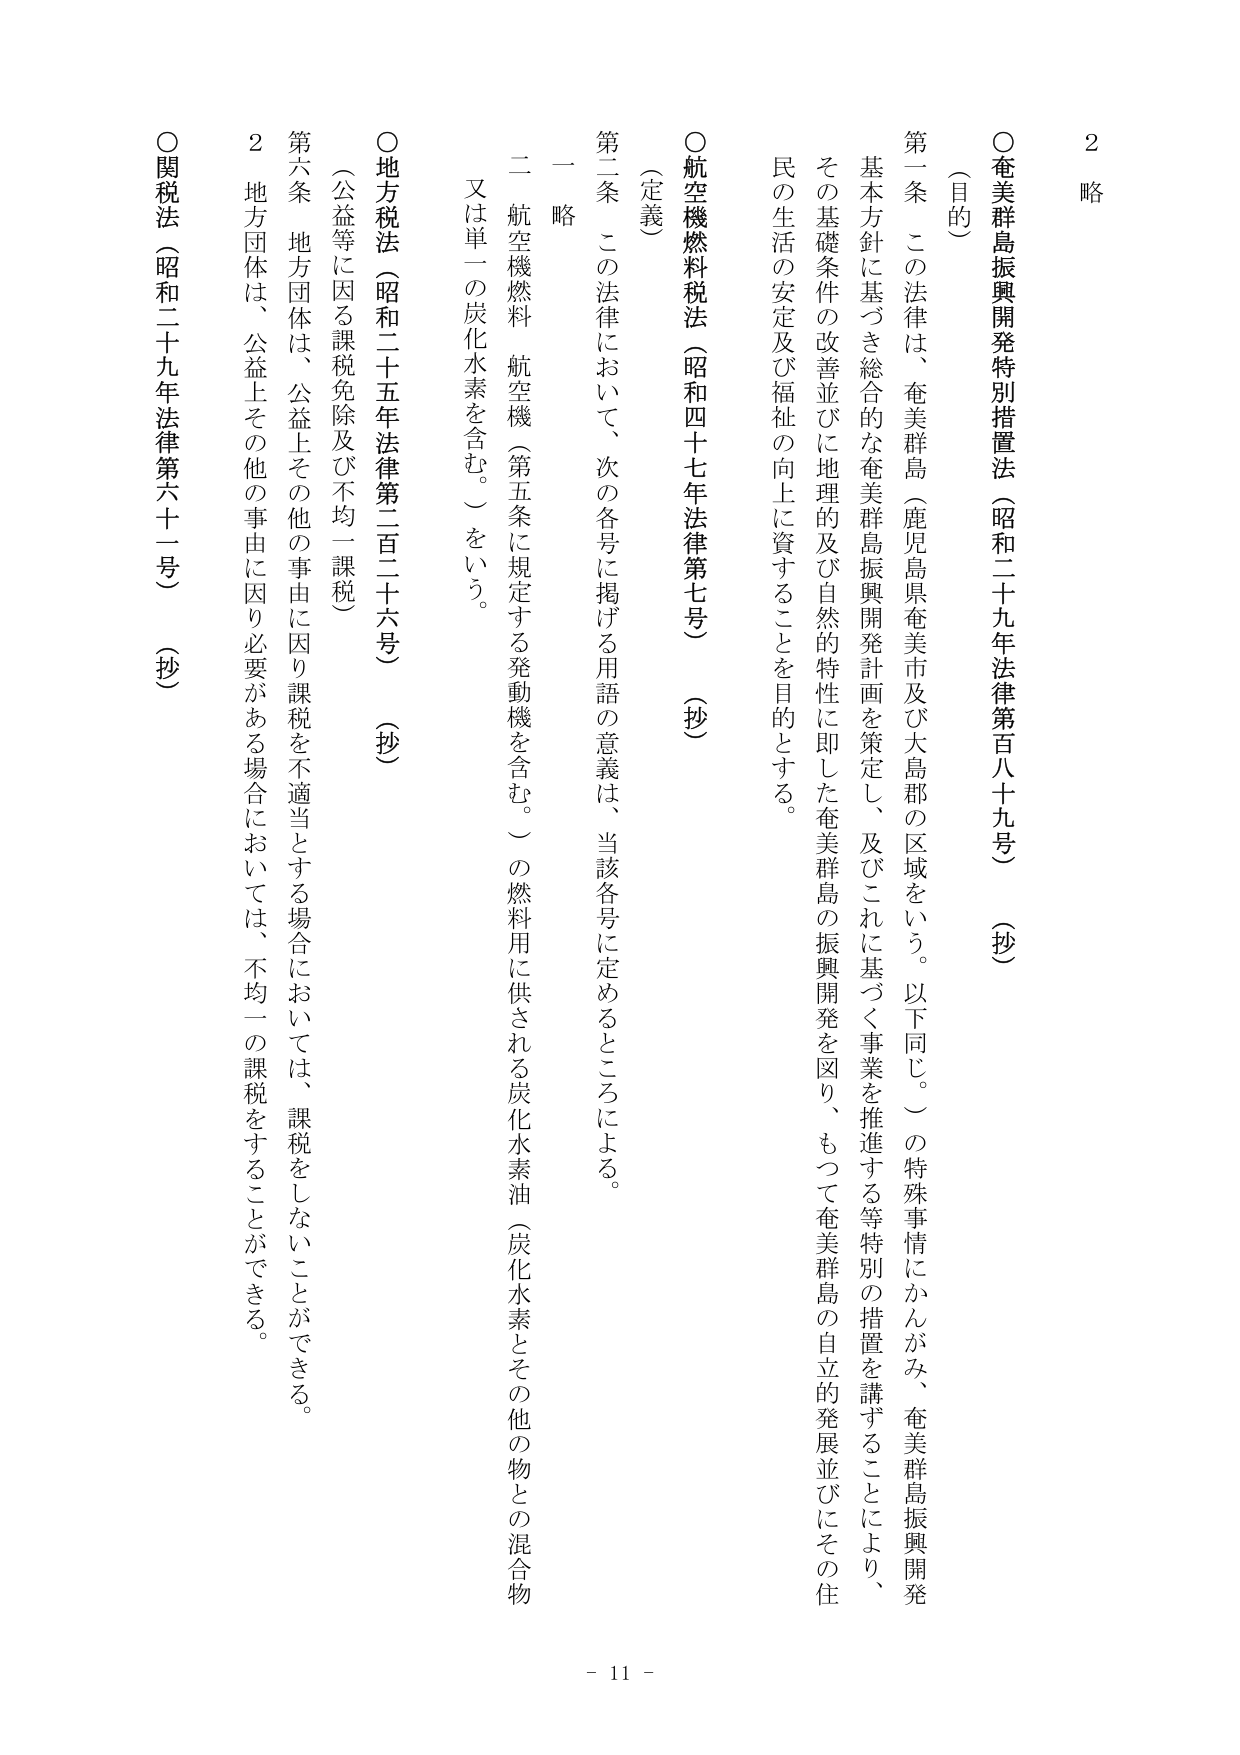
2 略

○奄美群島振興開発特別措置法（昭和二十九年法律第百八十九号）（抄）

（目的）

第一条 この法律は、奄美群島（鹿児島県奄美市及び大島郡の区域をいう。以下同じ。）の特殊事情にかんがみ、奄美群島振興開発基本方針に基づき総合的な奄美群島振興開発計画を策定し、及びこれに基づく事業を推進する等特別の措置を講ずることにより、その基礎条件の改善並びに地理的及び自然的特性に即した奄美群島の振興開発を図り、もつて奄美群島の自立的発展並びにその住民の生活の安定及び福祉の向上に資することを目的とする。

○航空機燃料税法（昭和四十七年法律第七号）（抄）

（定義）

第二条 この法律において、次の各号に掲げる用語の意義は、当該各号に定めるところによる。

一 略

二 航空機燃料 航空機（第五条に規定する発動機を含む。）の燃料用に供される炭化水素油（炭化水素とその他の物との混合物又は単一の炭化水素を含む。）をいう。

○地方税法（昭和二十五年法律第二百二十六号）（抄）

（公益等に因る課税免除及び不均一課税）

第六条 地方団体は、公益上その他の事由に因り課税を不適当とする場合においては、課税をしないことができる。

２ 地方団体は、公益上その他の事由に因り必要がある場合においては、不均一の課税をすることができる。

○関税法（昭和二十九年法律第六十一号）（抄）

- 11 -